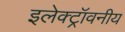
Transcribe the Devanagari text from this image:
इलेक्ट्रॉवनीय